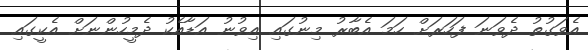
އެވަގުތު ދެވަނަ ފަހަރަށް ހަމަ އެބާރު މިނުގައި އިވުނު އަޑާއެކު ދެމީހުންނަށް އެކީގައި